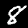
Digit: 8